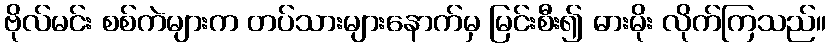
ဗိုလ်မင်း စစ်ကဲများက တပ်သားများနောက်မှ မြင်းစီး၍ ဓားမိုး လိုက်ကြသည်။